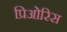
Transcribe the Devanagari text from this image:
प्रिओरिस